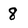
Character: 8